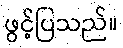
ဖွင့်ပြသည်။